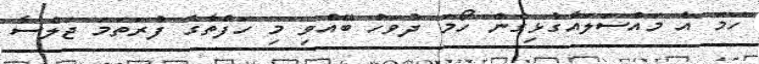
ހަމަ އެ މައްސަލައާގުޅިގެން ހޯމަ ދުވަހު ބޭއްވި މި ހަފްތާގެ ފުރަތަމަ ޖަލްސާ